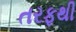
તરફથી